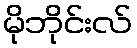
မိုဘိုင်းလ်